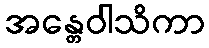
အန္တေဝါသိကာ